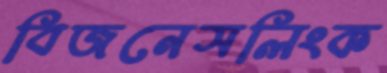
বিজনেসলিংক